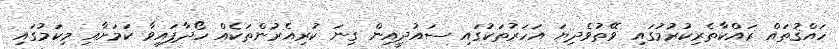
ހައްޤުތައް ރައްކާތެރިކުރުމުގައި ވޭތުވެދިޔަ އަހަރުތަކުގައި ސައުދީއިން ގިނަ ކުރިއެރުންތަކެއް ހޯދާފައިވާ ކަމަށާއި މިކަމުގައި